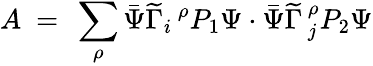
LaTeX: A\ =\ \sum_{\rho}\bar{\Psi}\widetilde\Gamma_{i}\, ^{\rho}P_{1}\Psi\cdot\bar{\Psi}\widetilde\Gamma\, _{j}^{\rho}P_{2}\Psi